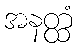
အနတ္ထံ